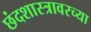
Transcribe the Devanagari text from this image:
छंदशास्त्रावरच्या